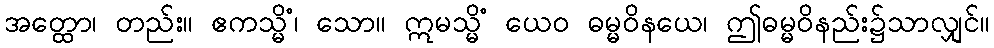
အတ္ထော၊ တည်း။ ဧကသ္မိံ၊ သော။ ဣမသ္မိံ ယေဝ ဓမ္မဝိနယေ၊ ဤဓမ္မဝိနည်း၌သာလျှင်။